Indian journal of veterinary science and animal husbandry - Volume 13,
Year: 1943
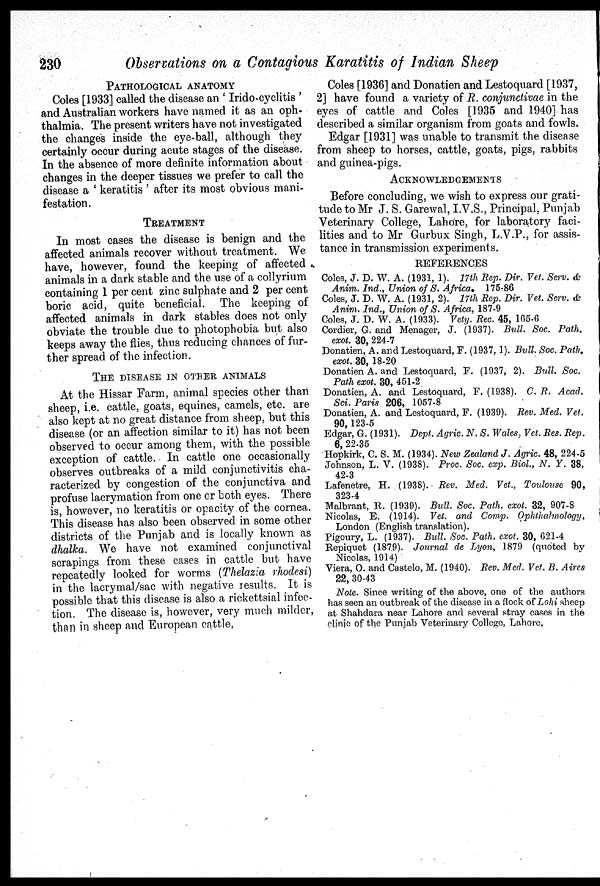
230
Observations on a Contagious Karatitis of Indian Sheep
PATHOLOGICAL ANATOMY
Coles [1933] called the disease an 'Irido-cyclitis'
and Australian workers have named it as an oph-
thalmia. The present writers have not investigated
the changes inside the eye-ball, although they
certainly occur during acute stages of the disease.
In the absence of more definite information about
changes in the deeper tissues we prefer to call the
disease a 'keratitis' after its most obvious mani-
festation.
TREATMENT
In most cases the disease is benign and the
affected animals recover without treatment. We
have, however, found the keeping of affected
animals in a dark stable and the use of a collyrium
containing 1 per cent zinc sulphate and 2 per cent
boric acid, quite beneficial. The keeping of
affected animals in dark stables does not only
obviate the trouble due to photophobia but also
keeps away the flies, thus reducing chances of fur-
ther spread of the infection.
THE DISEASE IN OTHER ANIMALS
At the Hissar Farm, animal species other than
sheep, i.e. cattle, goats, equines, camels, etc. are
also kept at no great distance from sheep, but this
disease (or an affection similar to it) has not been
observed to occur among them, with the possible
exception of cattle. In cattle one occasionally
observes outbreaks of a mild conjunctivitis cha-
racterized by congestion of the conjunctiva and
profuse lacrymation from one or both eyes. There
is, however, no keratitis or opacity of the cornea.
This disease has also been observed in some other
districts of the Punjab and is locally known as
dhalka. We have not examined conjunctival
scrapings from these cases in cattle but have
repeatedly looked for worms (Thelazia rhodesi)
in the lacrymal/sac with negative results. It is
possible that this disease is also a rickettsial infec-
tion. The disease is, however, very much milder,
than in sheep and European cattle,
Coles [1936] and Donatien and Lestoquard [1937,
2] have found a variety of R. conjunctivae in the
eyes of cattle and Coles [1935 and 1940] has
described a similar organism from goats and fowls.
Edgar [1931] was unable to transmit the disease
from sheep to horses, cattle, goats, pigs, rabbits
and guinea-pigs.
ACKNOWLEDGEMENTS
Before concluding, we wish to express our grati-
tude to Mr J. S. Garewal, I.V.S., Principal, Punjab
Veterinary College, Lahore, for laboratory faci-
lities and to Mr Gurbux Singh, L.V.P., for assis-
tance in transmission experiments.
REFERENCES
Coles, J. D. W. A. (1931, 1). 17th Rep. Dir. Vet. Serv. &
Anim. Ind., Union of S. Africa, 175-86
Coles, J. D. W. A. (1931, 2). 17th Rep. Dir. Vet. Serv. &
Anim. Ind., Union of S. Africa, 187-9
Coles, J. D. W. A. (1933). Vety. Rec. 45, 165-6
Cordier, G. and Menager, J. (1937). Bull. Soc. Path.
exot. 30, 224-7
Donatien, A. and Lestoquard, F. (1937, 1). Bull. Soc. Path.
exot. 30, 18-20
Donatien A. and Lestoquard, F. (1937, 2). Bull. Soc.
Path exot. 30, 451-2
Donatien, A. and Lestoquard, F. (1938). C. R. Acad.
Sci. Paris 206, 1057-8
Donatien, A. and Lestoquard, F. (1939). Rev. Med. Vet.
90 123-5
Edgar, G. (1931). Dept. Agric. N. S. Wales, Vet. Res. Rep.
6, 22-35
Hopkirk, C. S. M. (1934). New Zealand J. Agric. 48, 224-5
Johnson, L. V. (1938). Proc. Soc. exp. Biol., N. Y. 38,
42-3
Lafenetre, H. (1938). Rev. Med. Vet., Toulouse 90,
323-4
Malbrant, R. (1939). Bull. Soc. Path. exot. 32, 907-8
Nicolas, E. (1914). Vet. and Comp. Ophthalmology,
London (English translation).
Pigoury, L. (1937). Bull. Soc. Path. exot. 30, 621-4
Repiquet (1879). Journal de Lyon, 1879 (quoted by
Nicolas, 1914)
Viera, O. and Castelo, M. (1940). Rev. Med. Vet. B. Aires
22, 30-43
Note. Since writing of the above, one of the authors
has seen an outbreak of the disease in a flock of Lohi sheep
at Shahdara near Lahore and several stray cases in the
clinic of the Punjab Veterinary College, Lahore,